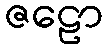
ဇဠော